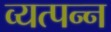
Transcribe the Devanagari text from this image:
व्‍यत्‍पन्‍न